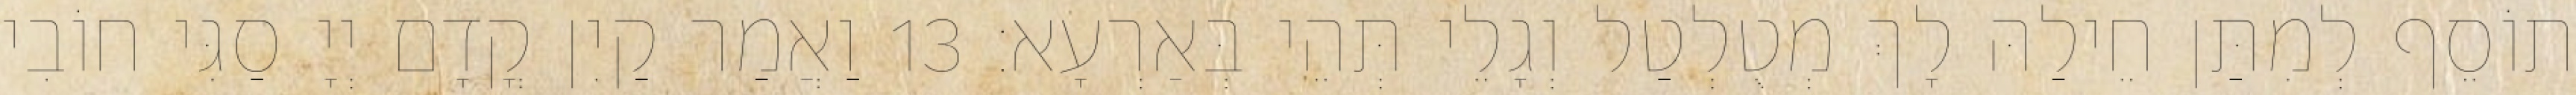
תוֹסֵף לְמִתַּן חֵילַהּ לָךְ מְטֻלְטַל וְגָלֵי תְּהֵי בְּאַרְעָא׃ 13 וַאֲמַר קַיִן קֳדָם יְיָ סַגִּי חוֹבִי